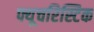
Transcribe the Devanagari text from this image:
फ्यूचरिस्टिक